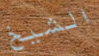
الشيخ